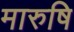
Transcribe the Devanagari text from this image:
मारुषि